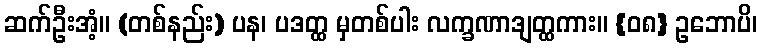
ဆက်ဦးအံ့။ (တစ်နည်း) ပန၊ ပဒတ္ထ မှတစ်ပါး လက္ခဏာဒျတ္ထကား။ {၀၈} ဥဘောပိ၊